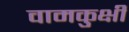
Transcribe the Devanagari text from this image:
वामकुक्षी